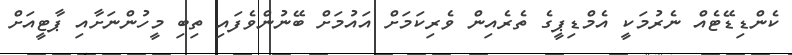
ކެންޑިޑޭޓެއް ނެރުމަކީ އެމްޑިޕީގެ ތެރެއިން ވެރިކަމަށް އައުމަށް ބޭނުންވެފައި ތިބި މީހުންނަށާއި ޕާޓީއަށް